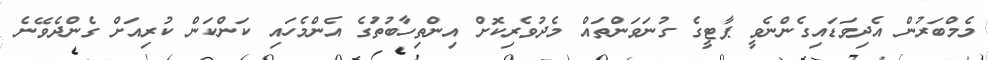
މެމްބަރުން އެދިވަޑައިގެންނެވީ ޕާޓީގެ ގުނަވަންތައް މެދުވެރިކޮށް އިންތިހާބުތަުގެ އެންމެހައި ކަންކަން ކުރިއަށް ގެންދެވޭނެ